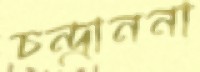
চন্দ্রাননা